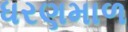
ધરણમાળ